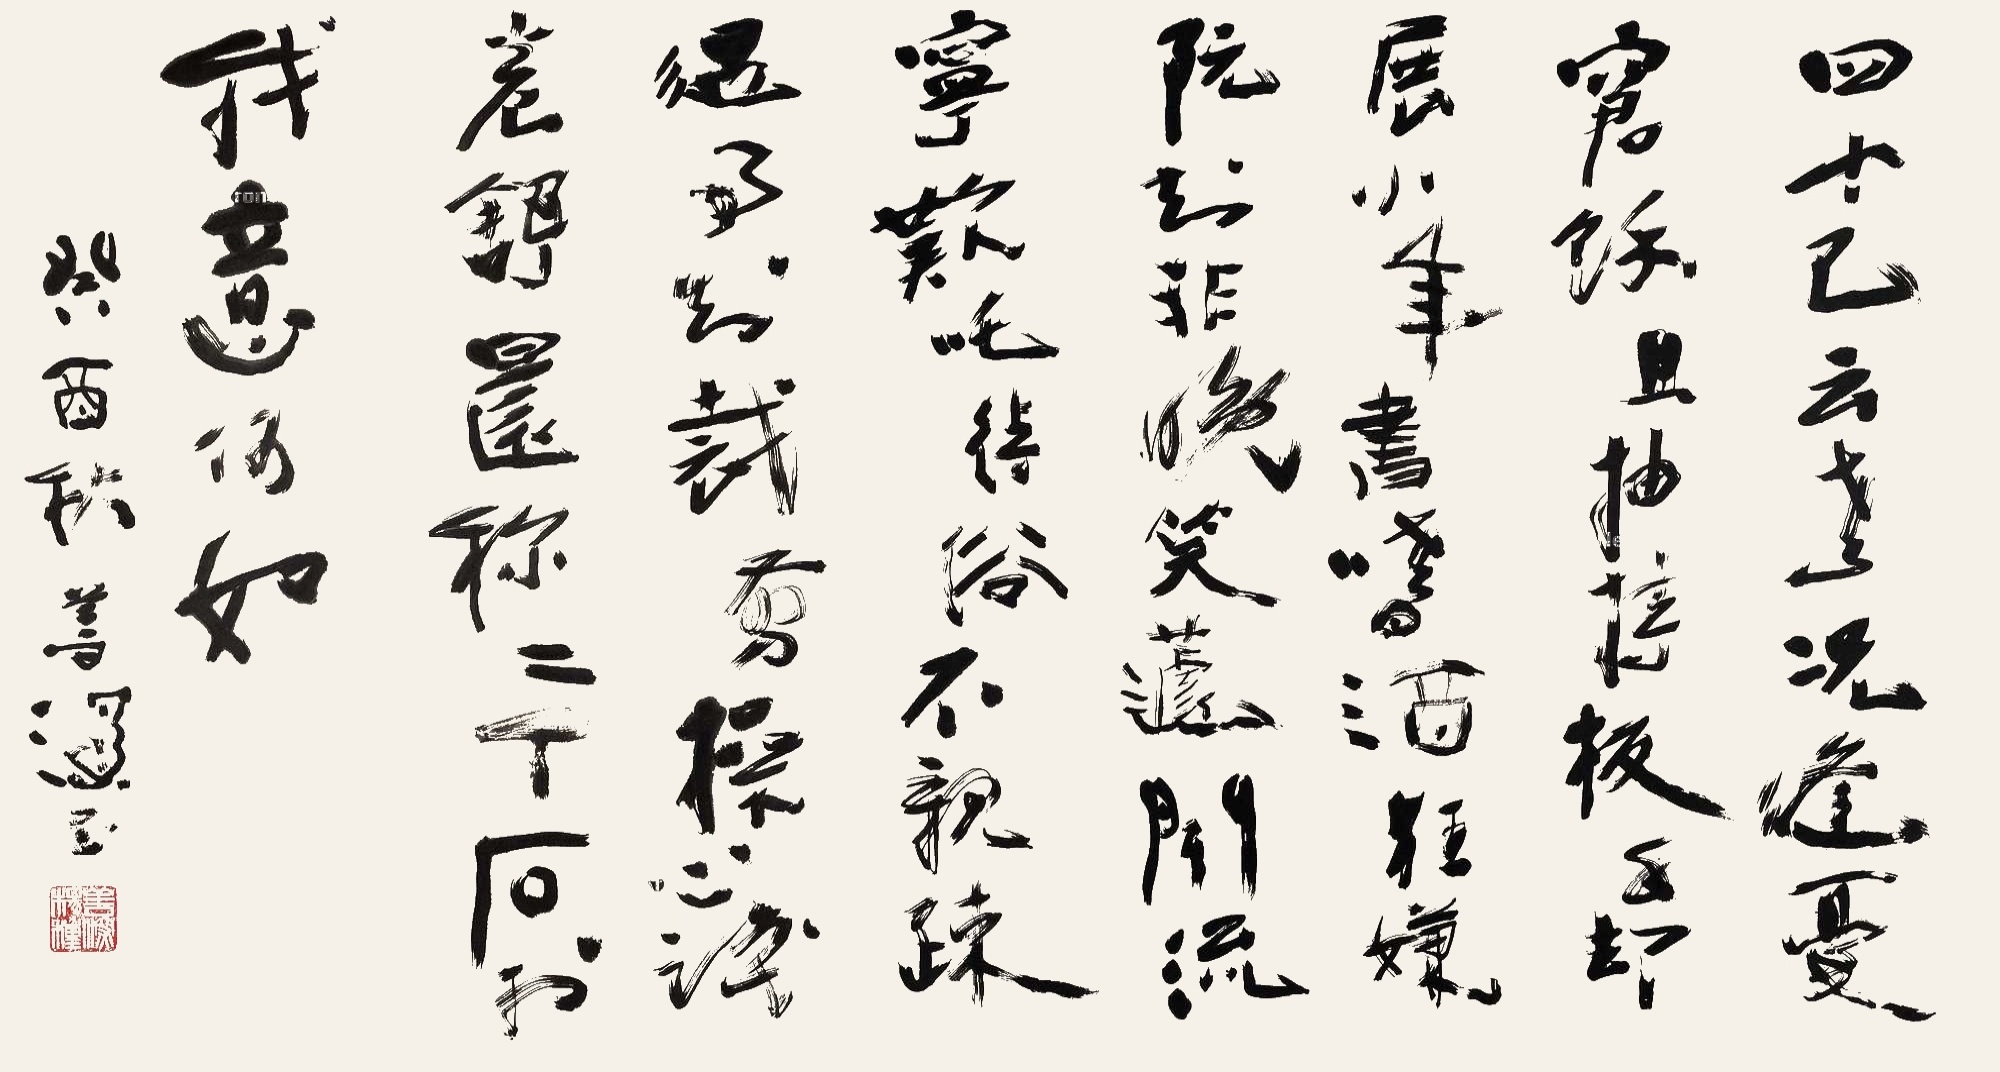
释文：四十已云老，况逢忧窘余。且抽持板手，却展小年书。嗜酒狂嫌阮，知非晚笑蘧。闻流宁叹咤，待俗不亲疏。遇事知裁剪，操心识卷舒。还称二千石，于我意何如。癸酉秋，善深书。